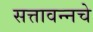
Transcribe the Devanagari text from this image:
सत्तावन्नचे